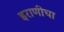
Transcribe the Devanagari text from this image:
इराणीचा